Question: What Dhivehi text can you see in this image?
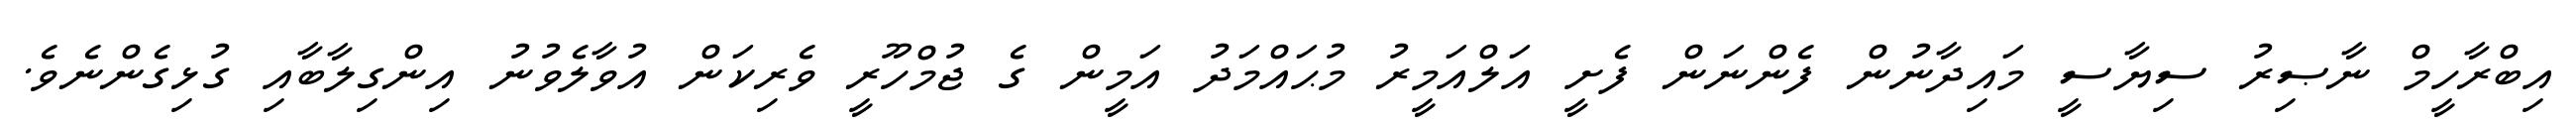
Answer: އިބްރާހީމް ނާޞިރު ސިޔާސީ މައިދާނުން ފެންނަން ފެށީ އަލްއަމީރު މުޙައްމަދު އަމީން ގެ ޖުމްހޫރީ ވެރިކަން އުވާލެވުނު އިންގިލާބާއި ގުޅިގެންނެވެ.